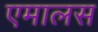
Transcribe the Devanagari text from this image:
एमालस